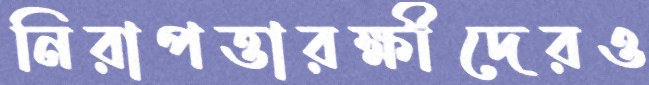
নিরাপত্তারক্ষীদেরও